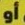
أو